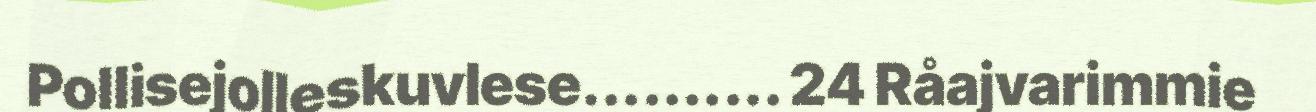
Pollisejolleskuvlese.......... 24 Råajvarimmie